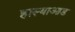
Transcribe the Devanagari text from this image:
हास्याआड